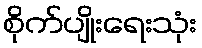
စိုက်ပျိုးရေးသုံး